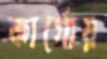
কার্গোয়